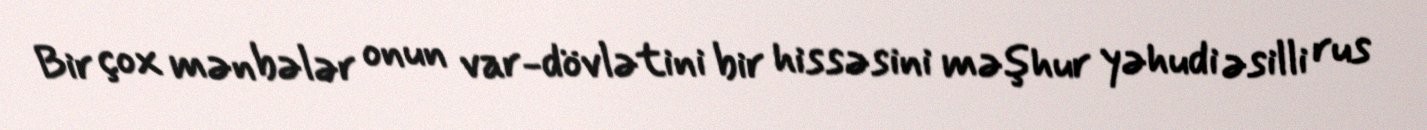
Bir çox mənbələr onun var-dövlətini bir hissəsini məşhur yəhudi əsilli rus